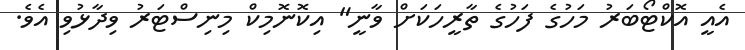
އެއީ އޮކްޓޯބަރު މަހުގެ ފަހުގެ ތާރީހަކަށް ވާނީ" އިކޮނޮމިކް މިނިސްޓަރު ވިދާޅުވި އެވެ.